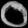
Digit: ၀